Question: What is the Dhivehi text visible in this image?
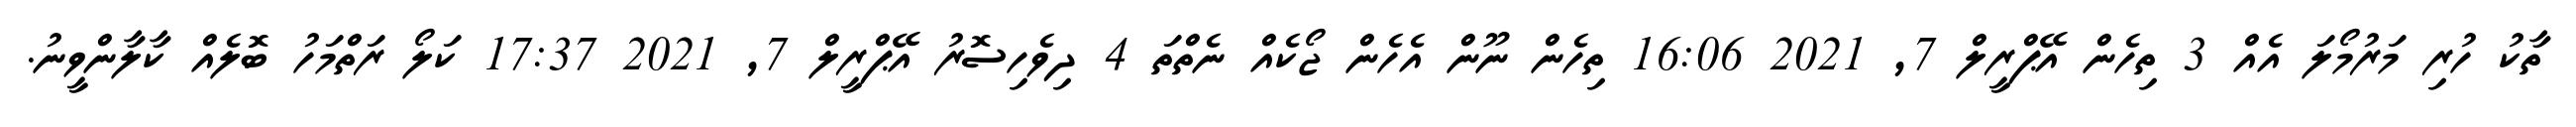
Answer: ތާކު ހުރި މަރުމޯލަ އެއް 3 ތިހެން އޭޕްރީލް 7, 2021 16:06 ތިހެން ނޫން އެހެން ޖޯކެއް ނެތްތަ 4 ދިވެހިސޮރު އޭޕްރީލް 7, 2021 17:37 ކަލޯ ރަތްމަހު ބޮލެއް ކާލާންވީނު.